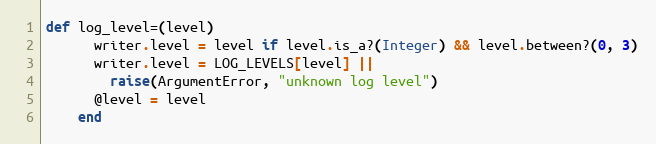
Language: Ruby
def log_level=(level)
      writer.level = level if level.is_a?(Integer) && level.between?(0, 3)
      writer.level = LOG_LEVELS[level] ||
        raise(ArgumentError, "unknown log level")
      @level = level
    end